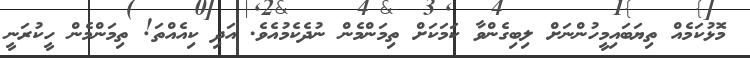
މޮޅުކަމެއް ތިޔަބައިމީހުންނަށް ލިބިގެންވާ ކަމަކަށް ތިމަންމެން ނުދެކެމުއެވެ. އަދި ކިއެއްތަ! ތިމަންމެން ހީކުރަނީ